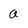
Character: a